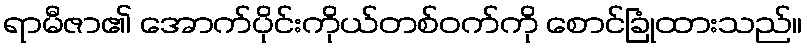
ရာမီဇာ၏ အောက်ပိုင်းကိုယ်တစ်ဝက်ကို စောင်ခြုံထားသည်။